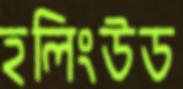
হলিংউড